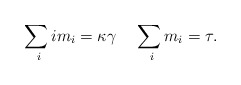
\begin{align*} \sum_{ ~ i} i m_i = \kappa \gamma \; \; \; \; \sum_{ ~i} m_i = \tau .\end{align*}